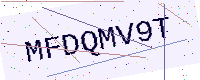
Text: MFDQMV9T